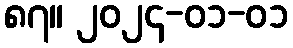
၈၇။ ၂၀၂၄-၀၁-၀၁